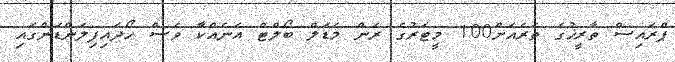
ޕްރައިސް ތާރީޚުގެ ތެރެއަށް100 މީޓަރުގެ ރަން މެޑަލް ބޯލްޓް އަނެއްކާ ވެސް ހޯދައިފިލަންޑަންގައި